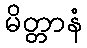
မိတ္တာနံ